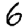
Digit: 6